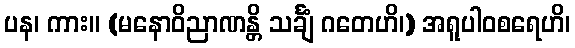
ပန၊ ကား။ (မနောဝိညာဏန္တိ သင်္ချံ ဂတေဟိ၊) အရူပါဝစရေဟိ၊